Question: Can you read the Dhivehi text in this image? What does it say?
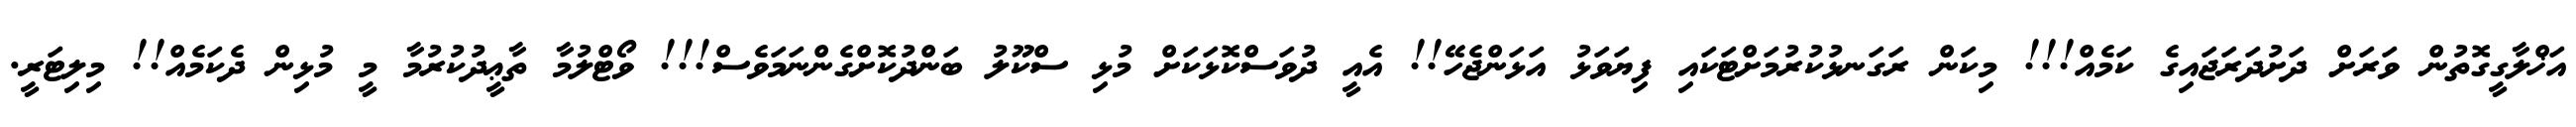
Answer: އަޚްލާގީގޮތުން ވަރަށް ދަށުދަރަޖައިގެ ކަމެއް!!! މިކަން ރަގަނޅުކުރުމަށްޓަކައި ފިޔަވަޅު އަޅަންޖެހޭ!! އެއީ ދުވަސްކޮޅަކަށް މުޅި ސްކޫލު ބަންދުކޮށްގެންނަމަވެސް!!! ވޯޓްލުމާ ތާޢީދުކުރުމާ މީ މުޅިން ދެކަމެއް!! މިލިޓަރީ.